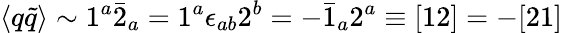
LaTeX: \langle q\tilde{q}\rangle\sim 1^{a}\bar{2}_{a}=1^{a}\epsilon_{ab}2^{b}=-\bar{1}_{a}2^{a}\equiv[12]=-[21]